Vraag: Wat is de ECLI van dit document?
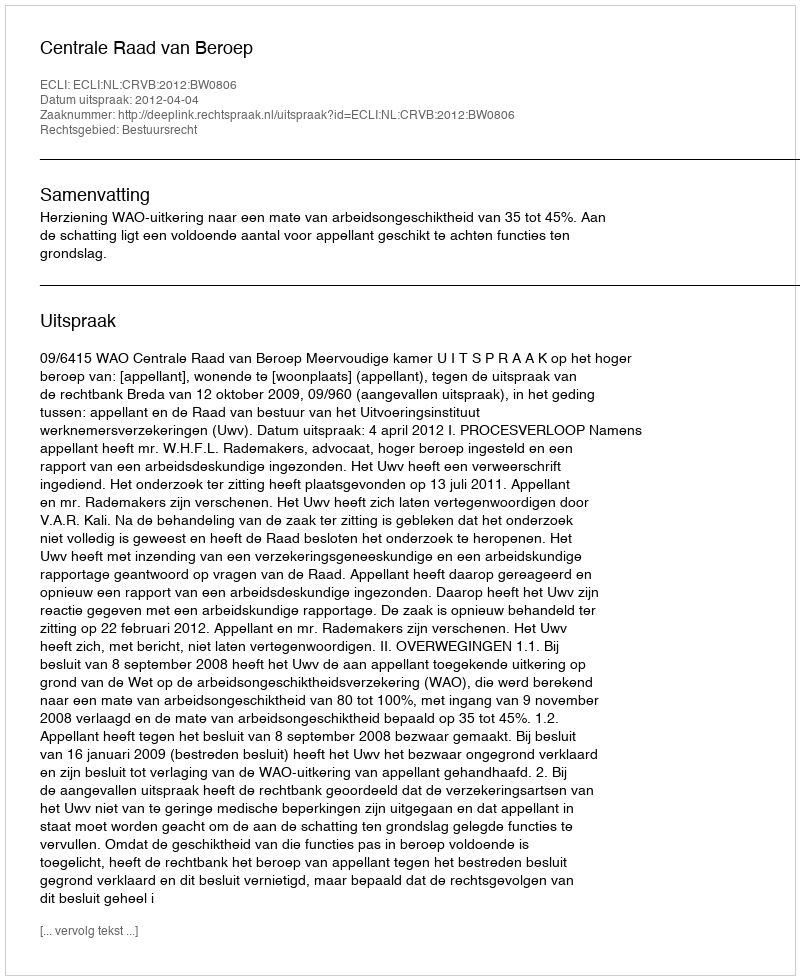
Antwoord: ECLI:NL:CRVB:2012:BW0806